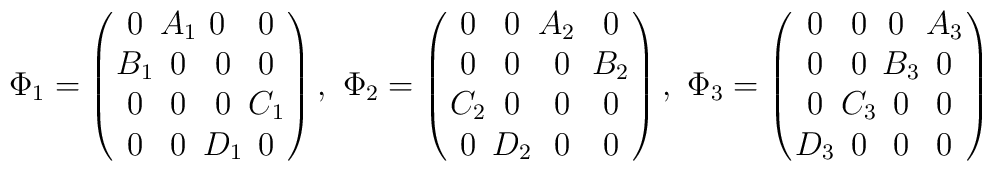
\Phi_1= \left( \begin{array}{cccc} \!\! 0\!\! & \!\!A_1\!\! & \!\!0&\!\! 0\!\!  \\\!\! B_1 \!\!&\!\! 0 \!\!& \!\!0 \!\!&\!\! 0\!\!\\ \!\!0 \!\!&\!\! 0 \!\!&\!\! 0 \!\!&\!\! C_1 \!\! \\ \!\!0 \!\!& \!\!0\!\!&\!\! D_1\!\! & \!\!0 \!\!  \end{array} \right),~ \Phi_2= \left(\begin{array}{cccc} \!\! 0\!\! & \!\!0\!\! & \!\!A_2 &\!\! 0\!\!\\\!\! 0 \!\!&\!\! 0 \!\!& \!\!0 \!\!&\!\! B_2\!\!\\ \!\! C_2\!\!&\!\! 0 \!\!&\!\! 0 \!\!&\!\! 0 \!\! \\ \!\!0 \!\!& \!\!D_2\!\!&\!\! 0\!\! & \!\!0 \!\!  \end{array} \right),~ \Phi_3= \left(\begin{array}{cccc} \!\! 0\!\! & \!\!0\!\! & \!\!0 &\!\! A_3\!\!\\\!\! 0 \!\!&\!\! 0 \!\!& \!\!B_3 \!\!&\!\! 0\!\!\\ \!\! 0 \!\!&\!\!C_3 \!\!&\!\! 0 \!\!&\!\! 0 \!\! \\ \!\!D_3\!\!& \!\!0 \!\!&\!\! 0\!\!& \!\!0 \!\!  \end{array} \right)